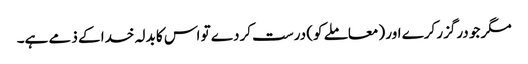
مگر جو درگزر کرے اور (معاملے کو) درست کردے تو اس کا بدلہ خدا کے ذمے ہے۔